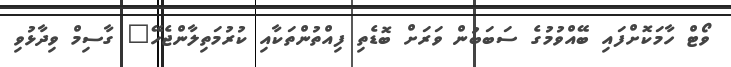
ވޯޓް ހާމަކޮށްފައި ބޭއްވުމުގެ ސަބަބުން ވަރަށް ބޮޑެތި ފިއްތުންތަކާއި ކުރުމަތިލާންޖެހޭ" ގާސިމް ވިދާޅުވި